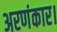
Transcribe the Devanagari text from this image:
अरणंकार।